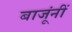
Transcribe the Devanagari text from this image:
बाजूंनीं